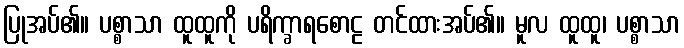
ပြုအပ်၏။ ပစ္စာသာ ထူထူကို ပရိက္ခာရစောဠ တင်ထားအပ်၏။ မူလ ထူထူ၊ ပစ္စာသာ